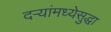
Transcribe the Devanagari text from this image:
दऱ्यांमध्येसुद्धा